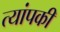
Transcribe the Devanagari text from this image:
त्यांपकी